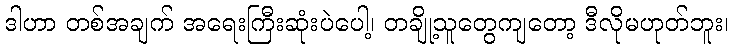
ဒါဟာ တစ်အချက် အရေးကြီးဆုံးပဲပေါ့၊ တချို့သူတွေကျတော့ ဒီလိုမဟုတ်ဘူး၊